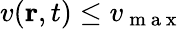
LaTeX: v(\mathbf{r},t)\leq v_{\mathrm{~m~a~x~}}